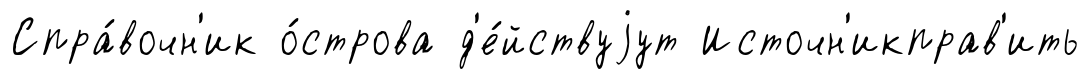
Спра́вочн'ик о́строва д'е́йствуjут Источн'икправ'ить